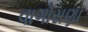
વાગોસણા